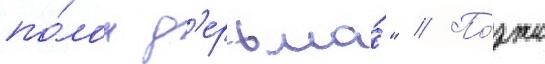
по́лон д'ерьма́" // По́зже